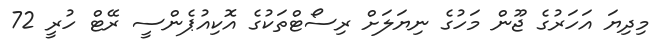
މިދިޔަ އަހަރުގެ ޖޫން މަހުގެ ނިޔަލަށް ރިސޯޓްތަކުގެ އޮކިއުޕެންސީ ރޭޓް ހުރީ 72